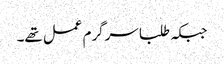
جبکہ طلبا سرگرم عمل تھے۔